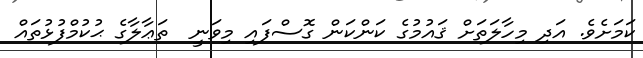
ކަމަށެވެ. އަދި މިހާލަތަށް ޤައުމުގެ ކަންކަން ގޮސްފައި މިވަނީ  ތަޢާލާގެ ޙުކުމްފުޅުތައް